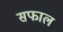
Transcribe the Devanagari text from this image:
सफाल